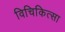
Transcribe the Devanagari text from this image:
विचिकित्सा